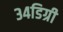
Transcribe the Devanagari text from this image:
३४डिग्री